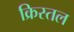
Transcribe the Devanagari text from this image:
क्रिस्तल